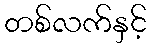
တစ်လက်နှင့်